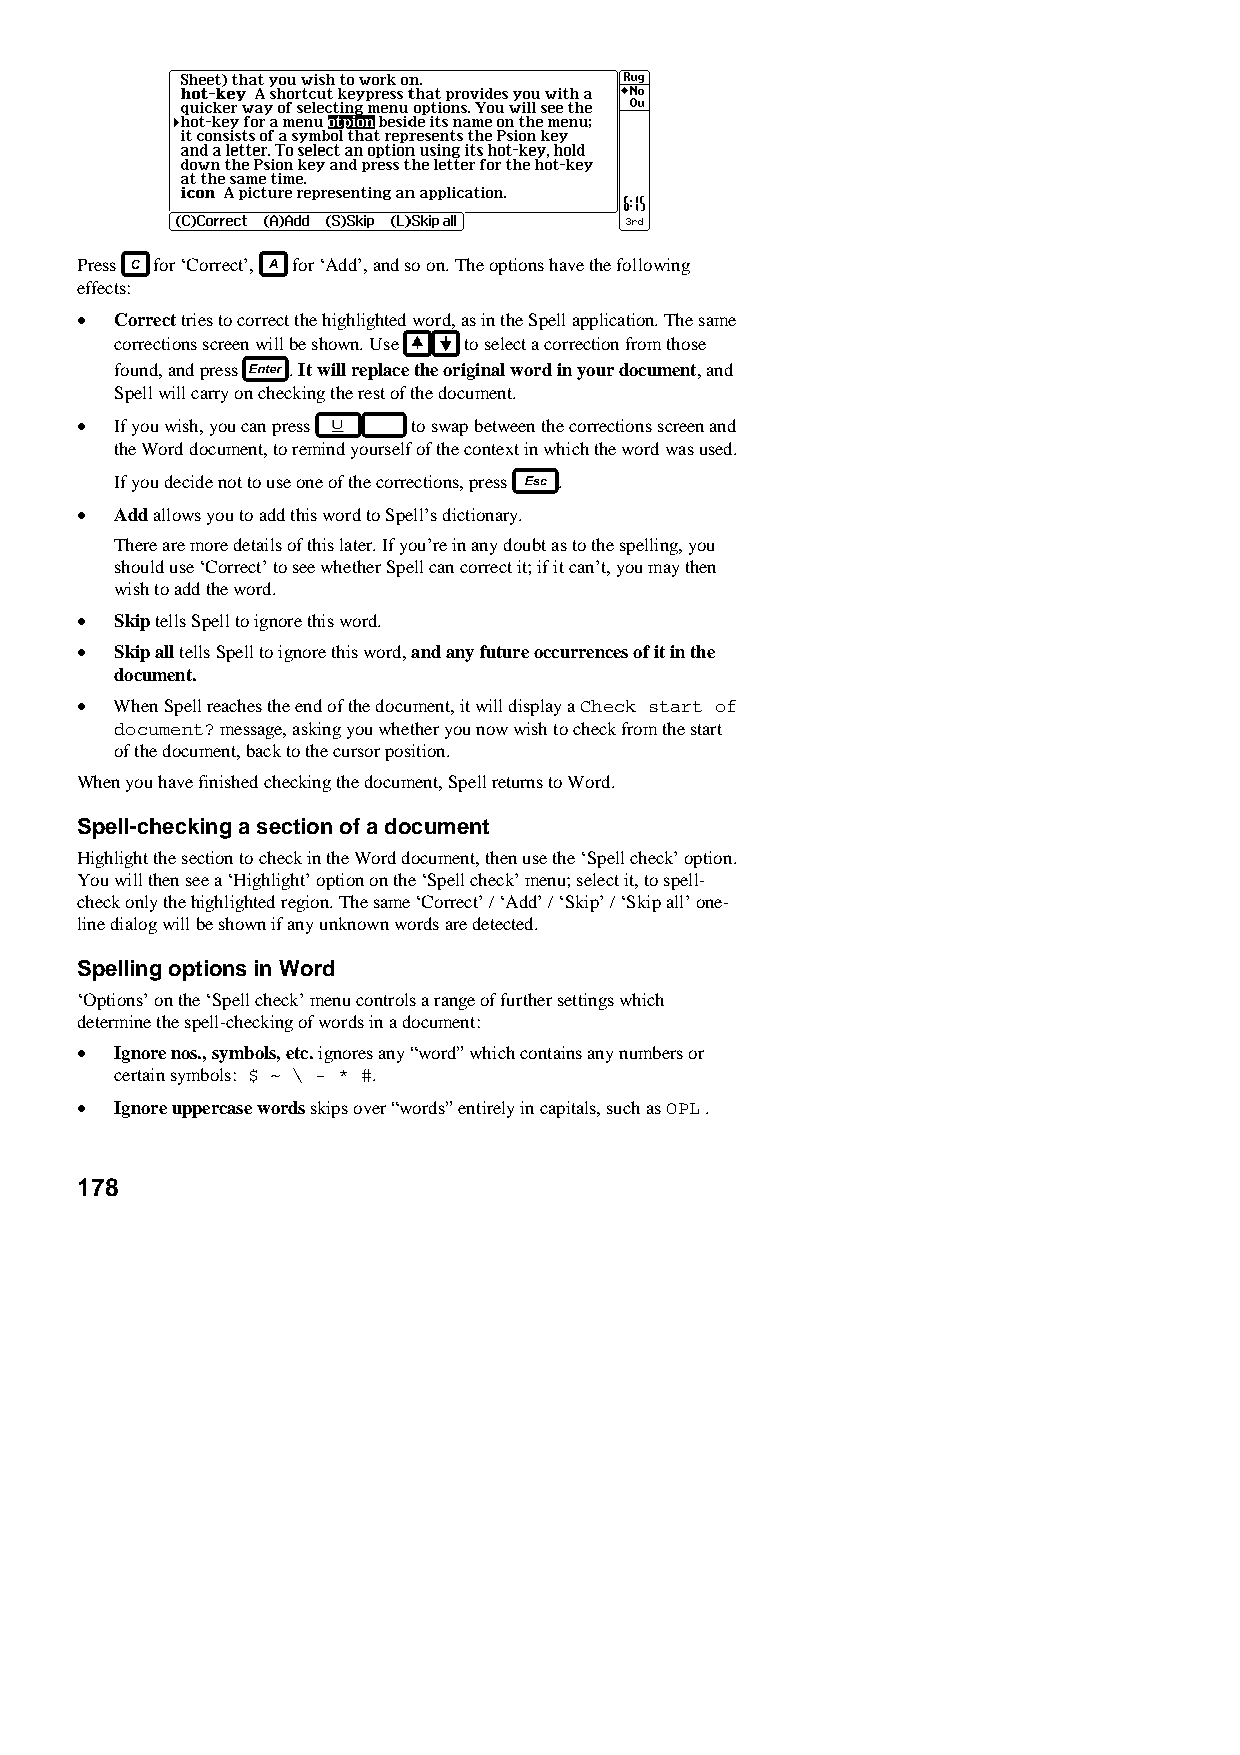
Press for ‘Correct’, for ‘Add’, and so on. The options have the following
 effects:
 •  Correct tries to correct the highlighted word, as in the Spell application. The same
 corrections screen will be shown. Use to select a correction from those
 found, and press . It will replace the original word in your document, and
 Spell will carry on checking the rest of the document.
 •  If you wish, you can press to swap between the corrections screen and
 the Word document, to remind yourself of the context in which the word was used.
 If you decide not to use one of the corrections, press .
 •  Add allows you to add this word to Spell’s dictionary.
 There are more details of this later. If you’re in any doubt as to the spelling, you
 should use ‘Correct’ to see whether Spell can correct it; if it can’t, you may then
 wish to add the word.
 •  Skip tells Spell to ignore this word.
 •  Skip all tells Spell to ignore this word, and any future occurrences of it in the
 document.
 •  When Spell reaches the end of the document, it will display a Check start of
 document? message, asking you whether you now wish to check from the start
 of the document, back to the cursor position.
 When you have finished checking the document, Spell returns to Word.
 Spell-checking a section of a document
 Highlight the section to check in the Word document, then use the ‘Spell check’ option.
 You will then see a ‘Highlight’ option on the ‘Spell check’ menu; select it, to spell-
 check only the highlighted region. The same ‘Correct’ / ‘Add’ / ‘Skip’ / ‘Skip all’ one-
 line dialog will be shown if any unknown words are detected.
 Spelling options in Word
 ‘Options’ on the ‘Spell check’ menu controls a range of further settings which
 determine the spell-checking of words in a document:
 •  Ignore nos., symbols, etc. ignores any “word” which contains any numbers or
 certain symbols: $ ~ \ - * #.
 •  Ignore uppercase words skips over “words” entirely in capitals, such as OPL .
 178